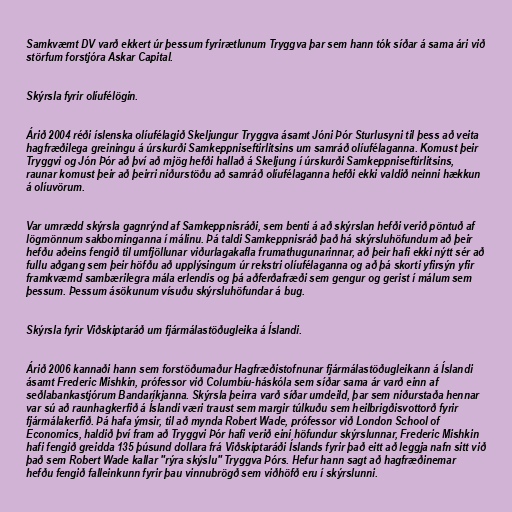
Samkvæmt DV varð ekkert úr þessum fyrirætlunum Tryggva þar sem hann tók síðar á sama ári við
störfum forstjóra Askar Capital.

Skýrsla fyrir olíufélögin.

Árið 2004 réði íslenska olíufélagið Skeljungur Tryggva ásamt Jóni Þór Sturlusyni til þess að veita
hagfræðilega greiningu á úrskurði Samkeppniseftirlitsins um samráð olíufélaganna. Komust þeir
Tryggvi og Jón Þór að því að mjög hefði hallað á Skeljung í úrskurði Samkeppniseftirlitsins,
raunar komust þeir að þeirri niðurstöðu að samráð olíufélaganna hefði ekki valdið neinni hækkun
á olíuvörum.

Var umrædd skýrsla gagnrýnd af Samkeppnisráði, sem benti á að skýrslan hefði verið pöntuð af
lögmönnum sakborninganna í málinu. Þá taldi Samkeppnisráð það há skýrsluhöfundum að þeir
hefðu aðeins fengið til umfjöllunar viðurlagakafla frumathugunarinnar, að þeir hafi ekki nýtt sér að
fullu aðgang sem þeir höfðu að upplýsingum úr rekstri olíufélaganna og að þá skorti yfirsýn yfir
framkvæmd sambærilegra mála erlendis og þá aðferðafræði sem gengur og gerist í málum sem
þessum. Þessum ásökunum vísuðu skýrsluhöfundar á bug.

Skýrsla fyrir Viðskiptaráð um fjármálastöðugleika á Íslandi.

Árið 2006 kannaði hann sem forstöðumaður Hagfræðistofnunar fjármálastöðugleikann á Íslandi
ásamt Frederic Mishkin, prófessor við Columbíu-háskóla sem síðar sama ár varð einn af
seðlabankastjórum Bandaríkjanna. Skýrsla þeirra varð síðar umdeild, þar sem niðurstaða hennar
var sú að raunhagkerfið á Íslandi væri traust sem margir túlkuðu sem heilbrigðisvottorð fyrir
fjármálakerfið. Þá hafa ýmsir, til að mynda Robert Wade, prófessor við London School of
Economics, haldið því fram að Tryggvi Þór hafi verið eini höfundur skýrslunnar, Frederic Mishkin
hafi fengið greidda 135 þúsund dollara frá Viðskiptaráði Íslands fyrir það eitt að leggja nafn sitt við
það sem Robert Wade kallar "rýra skýslu" Tryggva Þórs. Hefur hann sagt að hagfræðinemar
hefðu fengið falleinkunn fyrir þau vinnubrögð sem viðhöfð eru í skýrslunni.